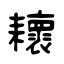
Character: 耲